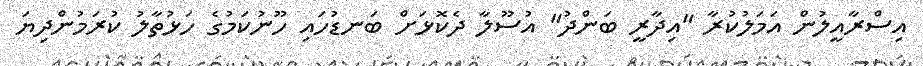
އިސްރާއީލުން އަމަލުކުރާ "އިދާރީ ބަންދު" އުސޫލާ ދެކޮޅަށް ބަނޑުހައި ހޫނުކަމުގެ ހަޅުތާލު ކުރަމުންދިޔަ